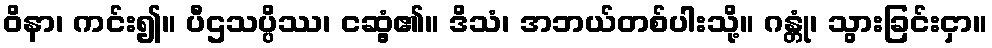
ဝိနာ၊ ကင်း၍။ ပီဌသပ္ပိဿ၊ ငဆွံ့၏။ ဒိသံ၊ အဘယ်တစ်ပါးသို့။ ဂန္တုံ၊ သွားခြင်းငှာ။